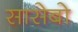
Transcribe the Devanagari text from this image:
सासेबो